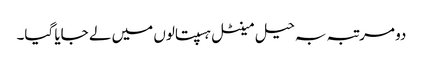
دو مرتبہ بہ حیل مینٹل ہسپتالوں میں لے جایا گیا۔